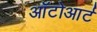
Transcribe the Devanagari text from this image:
ऑटोआर्ट